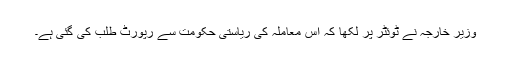
وزیر خارجہ نے ٹوئٹر پر لکھا کہ اس معاملہ کی ریاستی حکومت سے رپورٹ طلب کی گئی ہے۔